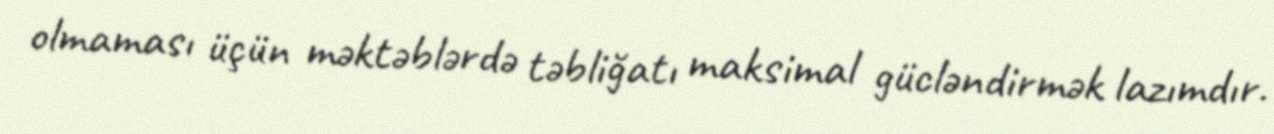
olmaması üçün məktəblərdə təbliğatı maksimal gücləndirmək lazımdır.